Indian journal of veterinary science and animal husbandry - Volume 11,
Year: 1941
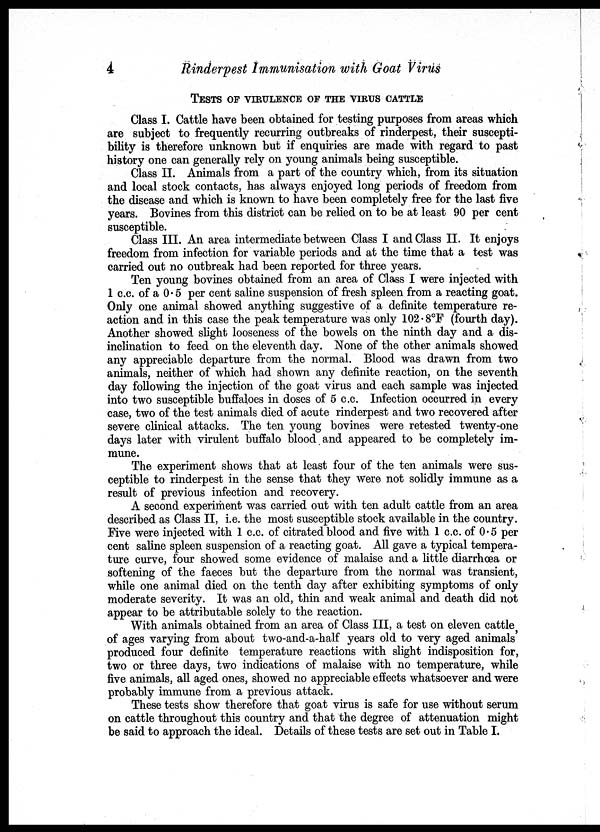
4
Rinderpest Immunisation with Goat Virus
TESTS OF VIRULENCE OF THE VIRUS CATTLE
Class I. Cattle have been obtained for testing purposes from areas which
are subject to frequently recurring outbreaks of rinderpest, their suscepti-
bility is therefore unknown but if enquiries are made with regard to past
history one can generally rely on young animals being susceptible.
Class II. Animals from a part of the country which, from its situation
and local stock contacts, has always enjoyed long periods of freedom from
the disease and which is known to have been completely free for the last five
years. Bovines from this district can be relied on to be at least 90 per cent
susceptible.
Class III. An area intermediate between Class I and Class II. It enjoys
freedom from infection for variable periods and at the time that a test was
carried out no outbreak had been reported for three years.
Ten young bovines obtained from an area of Class I were injected with
1 c.c. of a 0.5 per cent saline suspension of fresh spleen from a reacting goat.
Only one animal showed anything suggestive of a definite temperature re-
action and in this case the peak temperature was only 102.8°F (fourth day).
Another showed slight looseness of the bowels on the ninth day and a dis-
inclination to feed on the eleventh day. None of the other animals showed
any appreciable departure from the normal. Blood was drawn from two
animals, neither of which had shown any definite reaction, on the seventh
day following the injection of the goat virus and each sample was injected
into two susceptible buffaloes in doses of 5 c.c. Infection occurred in every
case, two of the test animals died of acute rinderpest and two recovered after
severe clinical attacks. The ten young bovines were retested twenty-one
days later with virulent buffalo blood and appeared to be completely im-
mune.
The experiment shows that at least four of the ten animals were sus-
ceptible to rinderpest in the sense that they were not solidly immune as a
result of previous infection and recovery.
A second experiment was carried out with ten adult cattle from an area
described as Class II, i.e. the most susceptible stock available in the country.
Five were injected with 1 c.c. of citrated blood and five with 1 c.c. of 0.5 per
cent saline spleen suspension of a reacting goat. All gave a typical tempera-
ture curve, four showed some evidence of malaise and a little diarrhœa or
softening of the faeces but the departure from the normal was transient,
while one animal died on the tenth day after exhibiting symptoms of only
moderate severity. It was an old, thin and weak animal and death did not
appear to be attributable solely to the reaction.
With animals obtained from an area of Class III, a test on eleven cattle
of ages varying from about two-and-a-half years old to very aged animals
produced four definite temperature reactions with slight indisposition for,
two or three days, two indications of malaise with no temperature, while
five animals, all aged ones, showed no appreciable effects whatsoever and were
probably immune from a previous attack.
These tests show therefore that goat virus is safe for use without serum
on cattle throughout this country and that the degree of attenuation might
be said to approach the ideal. Details of these tests are set out in Table I.